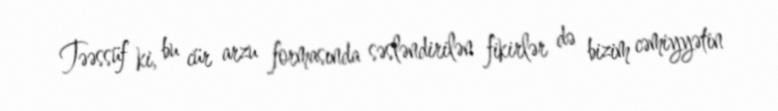
Təəssüf ki, bu cür arzu formasında səsləndirilən fikirlər də bizim cəmiyyətin